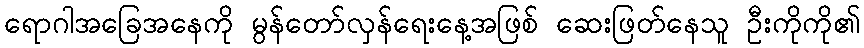
ရောဂါအခြေအနေကို မွန်တော်လှန်ရေးနေ့အဖြစ် ဆေးဖြတ်နေသူ ဦးကိုကို၏